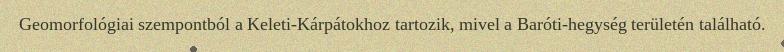
Geomorfológiai szempontból a Keleti-Kárpátokhoz tartozik, mivel a Baróti-hegység területén található.